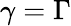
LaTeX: \gamma=\Gamma